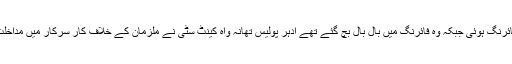
جبکہ ٹی ایم او ٹیکسلا قمر زیشان کی سرکاری کار کی پچھلی جانب فائرنگ ہوئی جبکہ وہ فائرنگ میں بال بال بچ گئے تھے ادہر پولیس تھانہ واہ کینٹ سٹی نے ملزمان کے خلاف کار سرکار میں مداخلت سمیت انسداد دہشتگردی و دیگر دفعات کے تحت مقدمہ درج کیا تھا۔